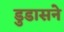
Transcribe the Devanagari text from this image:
डुडासने